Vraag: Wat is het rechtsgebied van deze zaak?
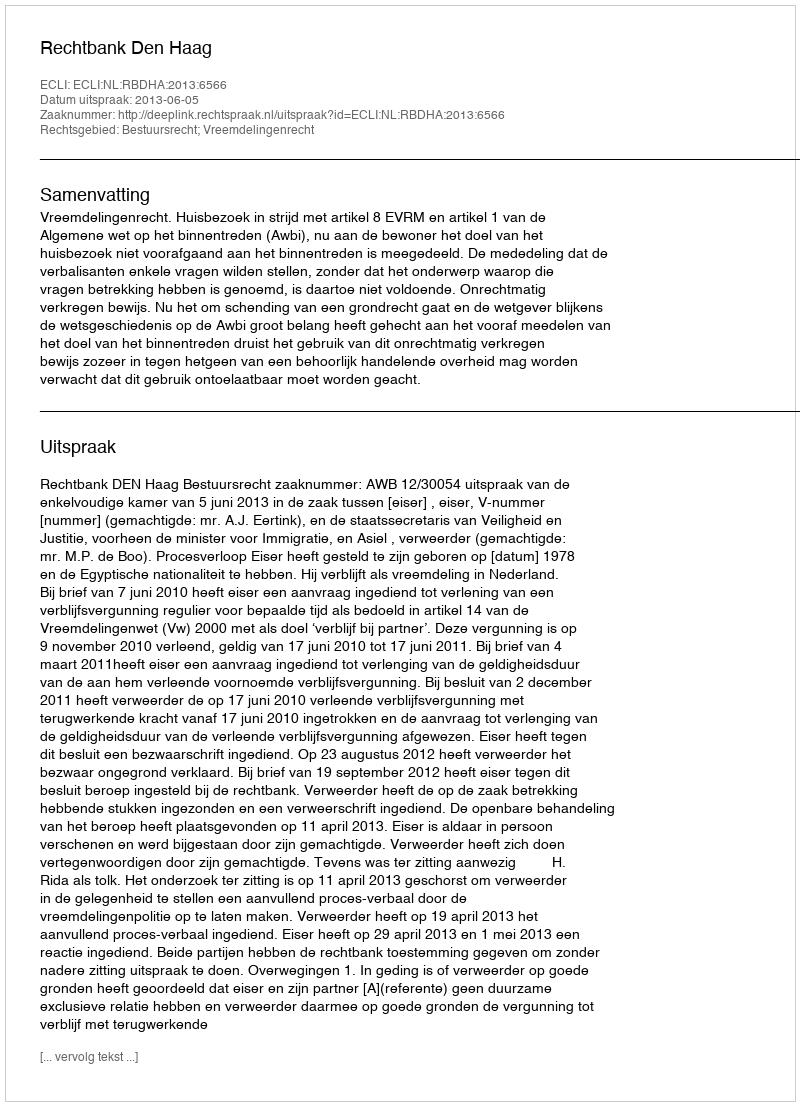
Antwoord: Bestuursrecht; Vreemdelingenrecht